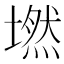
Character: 𡑋